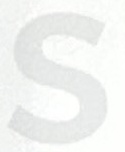
S